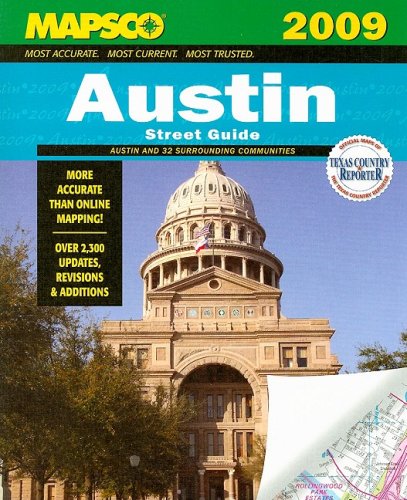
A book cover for Mapsco 2009 Austin Street Guide 2009 (MAPSCO Street Guide); Mapsco; Travel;